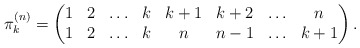
\begin{gather*}\pi_{k}^{(n)}= \begin{pmatrix} 1& 2& \ldots& k& k+1& k+2&\ldots& n \\1& 2& \ldots& k& n& {n-1}& \ldots& k+1 \end{pmatrix}.\end{gather*}